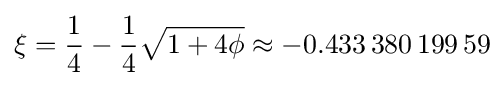
\xi ={\frac {1}{4}}-{\frac {1}{4}}{\sqrt {1+4\phi }}\approx -0.433\,380\,199\,59